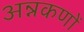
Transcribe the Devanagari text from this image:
अन्नकणों